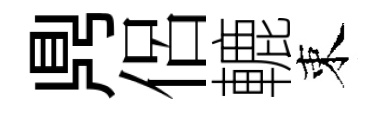
𪔂侶轆束